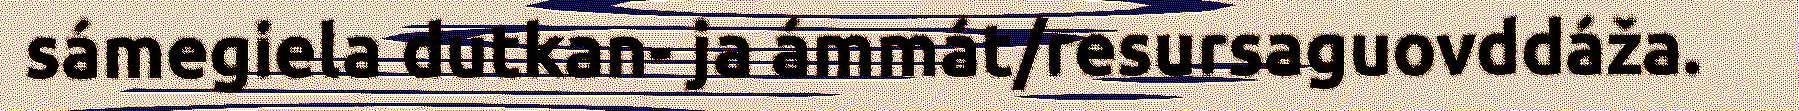
sámegiela dutkan- ja ámmát/resursaguovddáža.